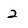
Character: 2